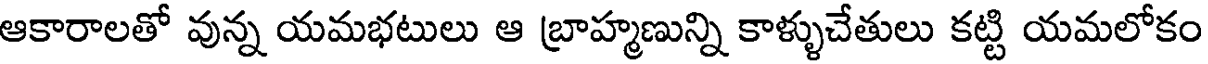
ఆకారాలతో వున్న యమభటులు ఆ బ్రాహ్మణున్ని కాళ్ళుచేతులు కట్టి యమలోకం